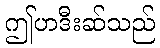
ဤဟဒီးဆ်သည်